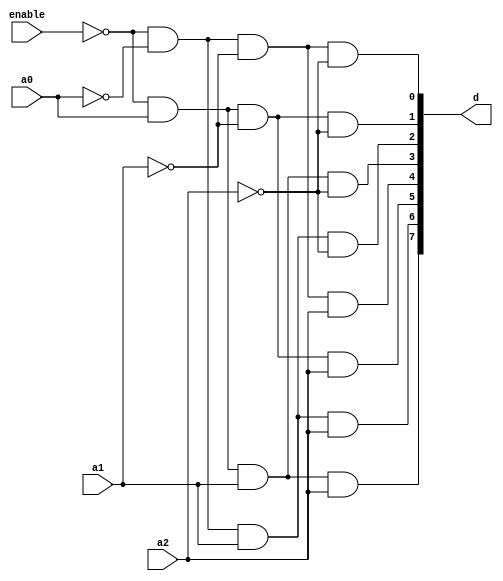
module decoder_3x8(d,a2,a1,a0,enable);
  input a0,a1,a2;
  input enable;
  output [7:0]d;
  and 
      G0(d[0],!enable,!a0,!a1,!a2),
      G1(d[1],!enable,a0,!a1,!a2),
      G2(d[2],!enable,!a0,a1,!a2),
      G3(d[3],!enable,a0,a1,!a2),
      G4(d[4],!enable,!a0,!a1,a2),
      G5(d[5],!enable,a0,!a1,a2),
      G6(d[6],!enable,!a0,a1,a2),
      G7(d[7],!enable,a0,a1,a2);
  
  endmodule

module tb_decoder_3x8;
  // 1. Declare testbench variables
   reg a0,a1,a2,enable;
   wire [7:0]d;
   wire a;

    assign a={a2,a1,a0};
  // 2. Instantiate the design and connect to testbench variables
  decoder_3x8 d1(d,a2,a1,a0,enable);
  // 3. Provide stimulus to test the design
   initial begin
      a0 <= 0;
      a1<= 0;
      a2<= 0;
      enable<=0;
   
    $monitor ("a=3b%0b%0b%0b d6 is %b ", a2,a1,a0,d[6]);

    // Use a for loop to apply random values to the input
      // for (i = 0; i < 5; i = i+1) begin
         #10 a0 <=1'b1;
             a1 <= 1'b0;
             a2 <= 1'b0;
         #10 a0 <=1'b1;
             a1 <= 1'b0;
             a2 <= 1'b1;
         #10 a0 <=1'b0;
             a1 <= 1'b1;
             a2 <= 1'b1;    
      // end
   end

endmodule